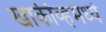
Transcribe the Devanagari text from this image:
खार्कीव्हमध्ये